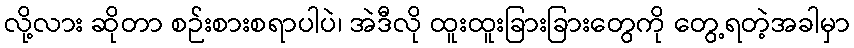
လို့လား ဆိုတာ စဉ်းစားစရာပါပဲ၊ အဲဒီလို ထူးထူးခြားခြားတွေကို တွေ့ရတဲ့အခါမှာ